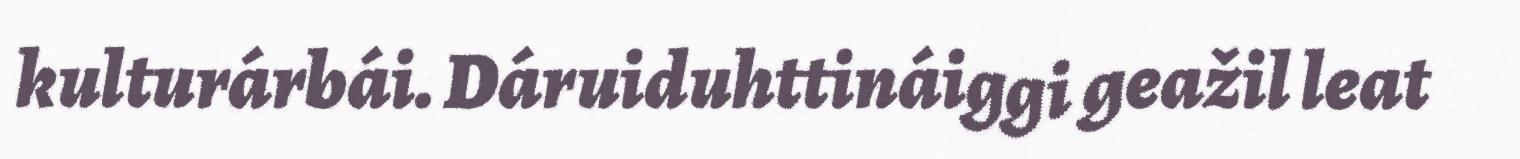
kulturárbái. Dáruiduhttináiggi geažil leat